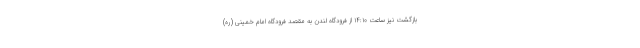
بازگشت نیز ساعت ۱۴:۱۰ از فرودگاه لندن به مقصد فرودگاه امام خمینی (ره)